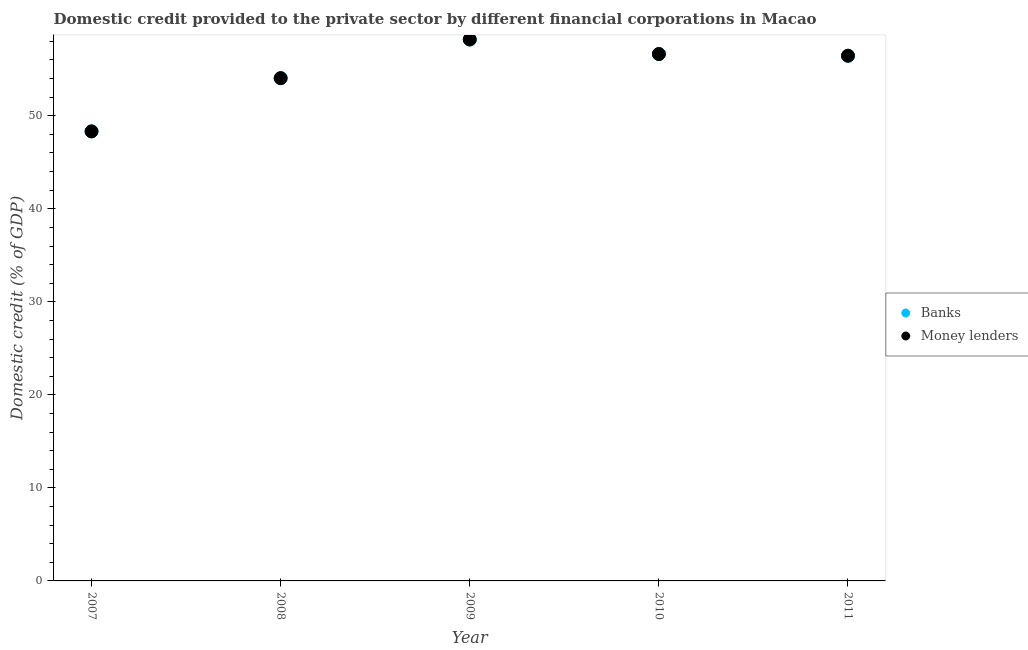
| Year | Banks | Money lenders |
 | --- | --- | --- |
 | 2007 | 48.3 | 48.3 |
 | 2008 | 54 | 54 |
 | 2009 | 58.2 | 58.2 |
 | 2010 | 56.6 | 56.6 |
 | 2011 | 56.5 | 56.5 |